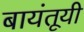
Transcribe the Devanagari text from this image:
बायंतूयी